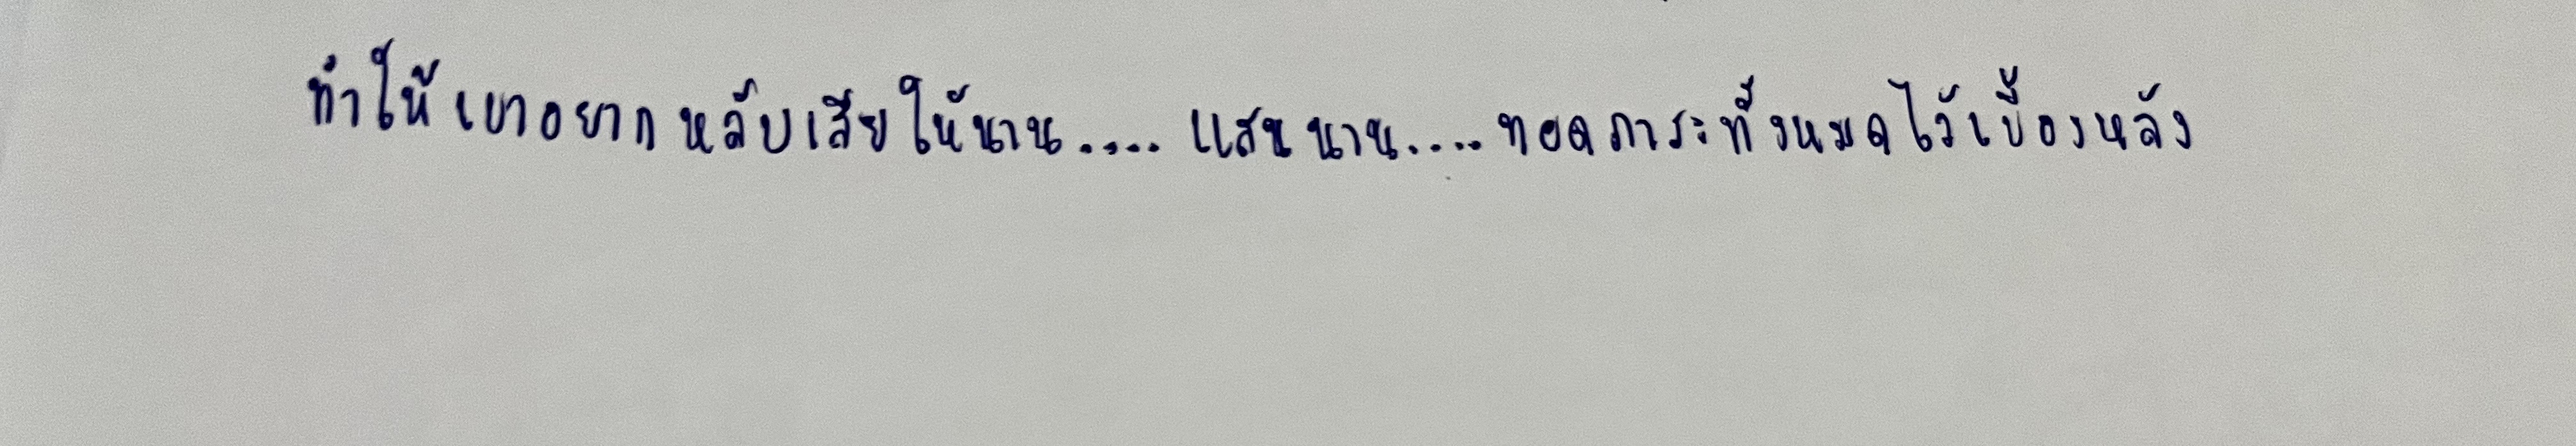
ทำให้เขาอยากหลับเสียให้นาน....แสนนาน....ทอดภาระทั้งหมดไว้เบื้องหลัง